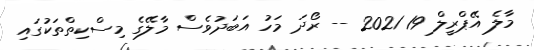
މާލެ އޭޕްރީލް 19 2021 -- ރޯދަ މަހު އަބަދުވެސް މާލޭގެ މިސްކިތްތަކުގައި